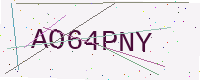
Text: AO64PNY